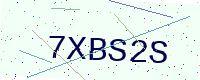
Text: 7XBS2S